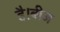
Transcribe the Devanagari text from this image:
है।बीज